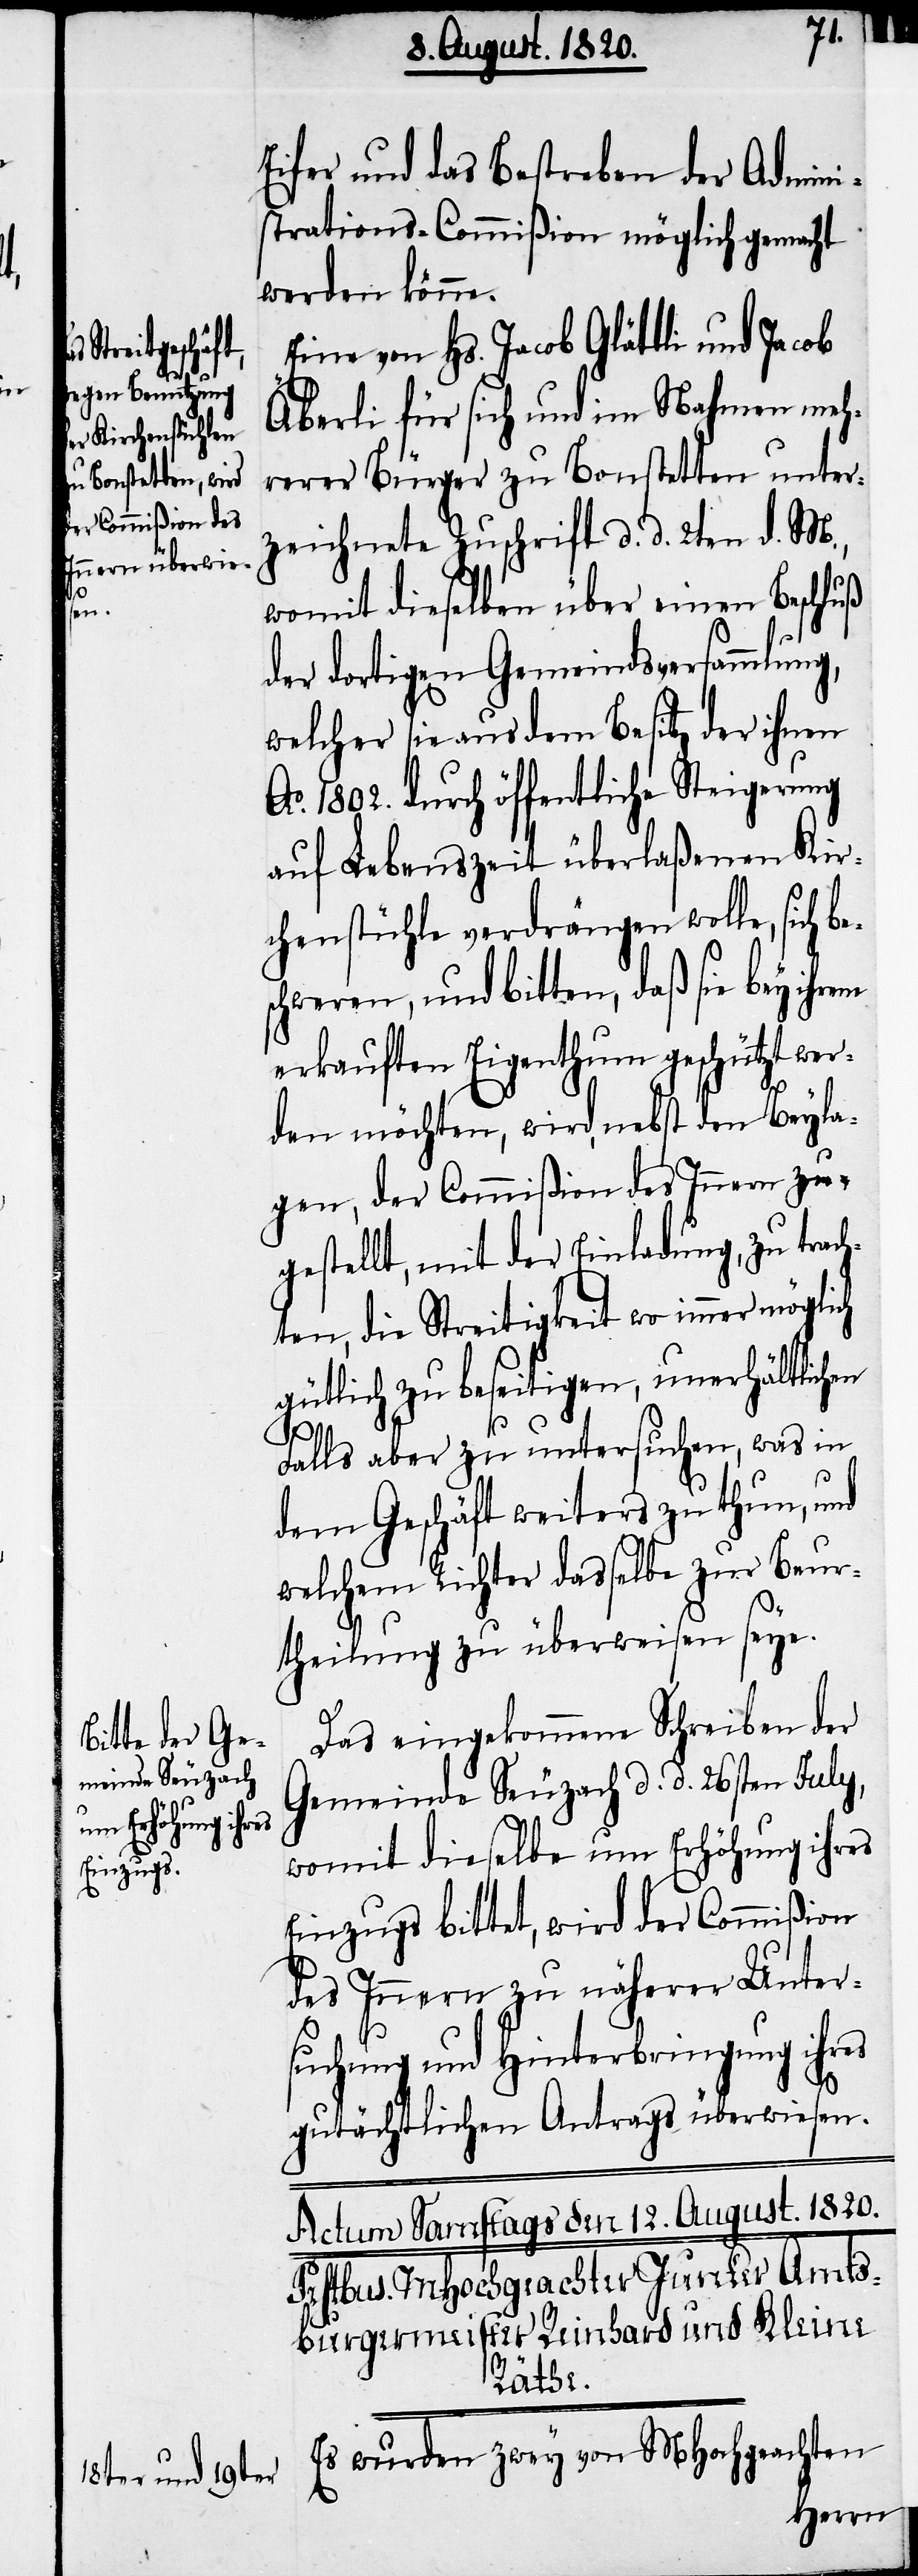
hen

Eifer und das Bestreben der Admini¬
strations-Commißion möglich gemacht
werden könne.
Eine von Hs. Jacob Glättli und Jacob
Äberli für sich und im Nahmen meh¬
rerer Bürger zu Bonstetten unter¬
zeichnete Zuschrift d. d. 2ten d. M.,
womit dieselben über einen Beschluß
der dortigen Gemeindsversammlun¬
welcher sie aus dem Besitz der ihnen
Ao. 1802. durch öffentliche Steigerung
auf Lebenszeit überlaßenen Kir¬
chenstühle verdrängen wolle, sich b¬
schweren, und bitten, daß sie bey ihrem
erkauften Eigenthum geschützt wer¬
den möchten, wird, nebst den Beyla¬
gen, der Commißion des Innern zu¬
gestellt mit der Einladung, zu trach¬
ten, die Streitigkeit, unerhältlic¬
Falls aber zu untersuchen, was in
dem Geschäft weiters zu thun, und
welchem Richter dasselbe zur Beur¬
theilung zu überweisen seye.
g,
Das eingekommene Schreiben der
Gemeinde Seuzach d. d. 26sten July,
womit dieselbe um Erhöhung ihres
Einzugs bittet, wird der Commißion
des Innern zu näherer Unter¬
suchung und Hinterbringung ihres
gutächtlichen Antrags überwiesen.
Es wurden zwey von MHochgeachten

e¬